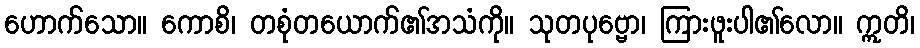
ဟောက်သော။ ကောစိ၊ တစုံတယောက်၏အသံကို။ သုတပုဗ္ဗော၊ ကြားဖူးပါ၏လော။ ဣတိ၊